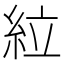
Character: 𫃡